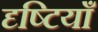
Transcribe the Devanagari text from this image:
दृष्‍टियाँ